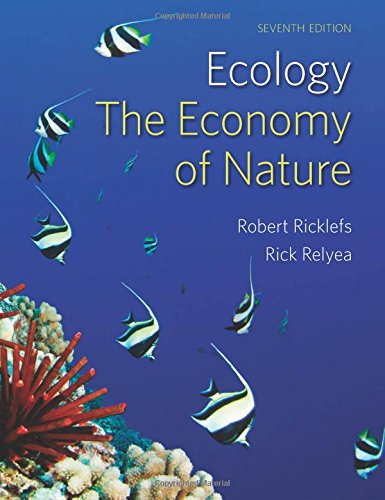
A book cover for Ecology:  The Economy of Nature; Robert Ricklefs; Science & Math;